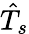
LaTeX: \hat{T}_{s}